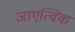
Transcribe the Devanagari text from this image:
जाएत्विक